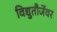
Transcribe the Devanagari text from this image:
विद्युतौर्जेवर